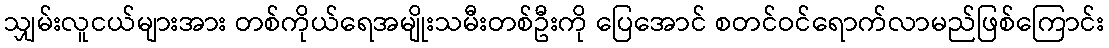
သျှမ်းလူငယ်များအား တစ်ကိုယ်ရေအမျိုးသမီးတစ်ဦးကို ပြေအောင် စတင်ဝင်ရောက်လာမည်ဖြစ်ကြောင်း